Vaccination in Bombay 1889-1901 - 1889-1901
Year: 1889
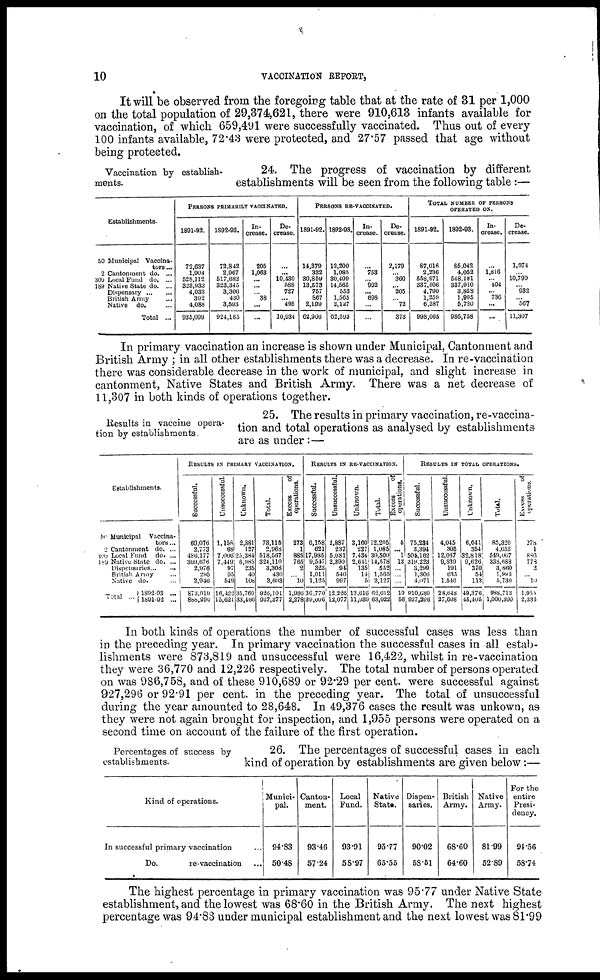
10
VACCINATION REPORT,
It will be observed from the foregoing table that at the rate of 31 per 1,000
on the total population of 29,374,621, there were 910,613 infants available for
vaccination, of which 659,491 were successfully vaccinated. Thus out of every
100 infants available, 72.43 were protected, and 27.57 passed that age without
being protected.
Vaccination by establish-
ments.
24. The progress of vaccination by different
establishments will be seen from the following table:—
Establishments.
50 Municipal Vaccina-
tors ...
2 Cantonment do. ...
300 Local Fund do. ...
189 Native State do. ...
Dispensary
...
...
British Army ...
Native
do. ...
Total ...
PERSONS PRIMARILY VACCINATED.
1891-92.
72,637
1,904
528,112
323,933
4,033
392
4,088
935,099
1892-93.
72,842
2,967
517,682
323,345
3,306
430
3,593
924,165
In-
crease.
205
1,063
...
...
... 38
...
...
De-
crease.
...
...
10,430
588
727
... 495
10,934
PERSONS RE-VACCINATED.
1891-92.
14,379
332
30,859
13,573
757
867
2,199
62,966
1892-93.
12,200
1,085
30,499
14,565
552
1,565
2,127
62,593
In-
crease.
...
753
... 992
... 698
...
...
De-
crease.
2,179
... 360
... 205
... 72
373
TOTAL NUMBER OF PERSONS
OPERATED ON.
1891-92.
87,016
2,236
558,971
337,506
4,790
1,259
6,287
998,065
1892-93.
85,042
4,052
548,181
337,910
3,858
1,995
5,720
986,758
In-
crease.
...
1,816
... 404
... 736
...
...
De-
crease.
1,974
... 10,790
... 932
... 567
11,307
In primary vaccination an increase is shown under Municipal, Cantonment and
British Army ; in all other establishments there was a decrease. In re-vaccination
there was considerable decrease in the work of municipal, and slight increase in
cantonment, Native States and British Army. There was a net decrease of
11,307 in both kinds of operations together.
Results in vaccine opera-
tion by establishments.
25. The results in primary vaccination, re-vaccina-
tion and total operations as analysed by establishments
are as under :—
Establishments.
50 Municipal
Vaccina-
tors ...
2 Cantonment do. ...
300 Local Fund
do. ...
189 Native State do. ...
Dispensaries ... ...
British Army ...
Native do. ...
Total ...
1892-93 ...
1891-92 ...
RESULTS IN PRIMARY VACCINATION.
Successful.
60,076
2,773
486,177
309,676
2,976
295
2,946
873,919
888,290
Unsuccessful.
1,158
68
7,006
7,449
97
95
549
16,422
15,621
Unknown.
2,881
127
25,384
6,985
235
40
108
35,760
33,466
Total.
73,115
2,968
518,567
324,110
3,308
430
3,603
926,101
937,377
Excess
of
operations.
273
1
885
765
2
... 10
1,936
2,278
RESULTS IN RE-VACCINATION.
Successful.
6,158
621
17,985
9,547
323
1,011
1,125
36,770
39,006
Unsuccessful.
2,887
237
5,081
2,390
94
540
997
12,226
12,077
Unknown.
3,160
227
7,434
2,641
135
14
5
13,616
11,939
Total.
12,205
1,085
30,500
14,578
552
1,565
2,127
62,612
63,022
Excess
of
operations.
5
... 1
13
...
...
...
19
56
RESULTS IN TOTAL OPERATIONS.
Successful.
75,234
3,394
504,162
319,223
3,299
1,306
4,071
910,689
927,296
Unsuccessful.
4,045
305
12,087
9,839
191
635
1,546
28,648
27,698
Unknown.
6,041
354
32,818
9,626
370
54
113
49,376
45,405
Total.
85,320
4,053
549,067
338,688
3,860
1,995
5,730
988,713
1,000,399
Excess
of
operations.
278
1
886
778
2
... 10
1,955
2,334
In both kinds of operations the number of successful cases was less than
in the preceding year. In primary vaccination the successful cases in all estab-
lishments were 873,819 and unsuccessful were 16,422, whilst in re-vaccination
they were 36,770 and 12,226 respectively. The total number of persons operated
on was 986,758, and of these 910,689 or 92.29 per cent. were successful against
927,296 or 92.91 per cent. in the preceding year. The total of unsuccessful
during the year amounted to 28,648. In 49,376 cases the result was unkown, as
they were not again brought for inspection, and 1,955 persons were operated on a
second time on account of the failure of the first operation.
Percentages of success by
establishments.
26. The percentages of successful cases in each
kind of operation by establishments are given below:—
Kind of operations.
In successful primary vaccination ...
Do.
re-vaccination ...
Munici-
pal.
94.83
50.48
Canton-
ment.
93.46
57.24
Local
Fund.
93.91
58.97
Native
Stats.
95.77
65.55
Dispen-
saries.
90.02
58.51
British
Army.
68.60
64.60
Native
Army.
81.99
52.89
For the
entire
Presi-
dency.
94.56
58.74
The highest percentage in primary vaccination was 95.77 under Native State
establishment, and the lowest was 68.60 in the British Army. The next highest
percentage was 94.83 under municipal establishment and the next lowest was 81.99